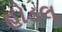
હોડલ